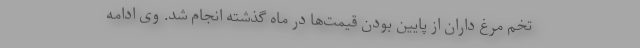
تخم مرغ داران از پایین بودن قیمت‌ها در ماه گذشته انجام شد. وی ادامه